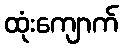
ထုံးကျောက်